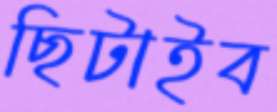
ছিটাইব